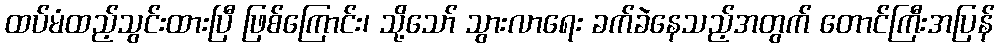
ထပ်မံထည့်သွင်းထားပြီ ဖြစ်ကြောင်း၊ သို့သော် သွားလာရေး ခက်ခဲနေသည့်အတွက် တောင်ကြီးအပြန်